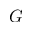
G